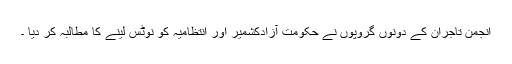
انجمن تاجران کے دونوں گروپوں نے حکومت آزادکشمیر اور انتظامیہ کو نوٹس لینے کا مطالبہ کر دیا ۔